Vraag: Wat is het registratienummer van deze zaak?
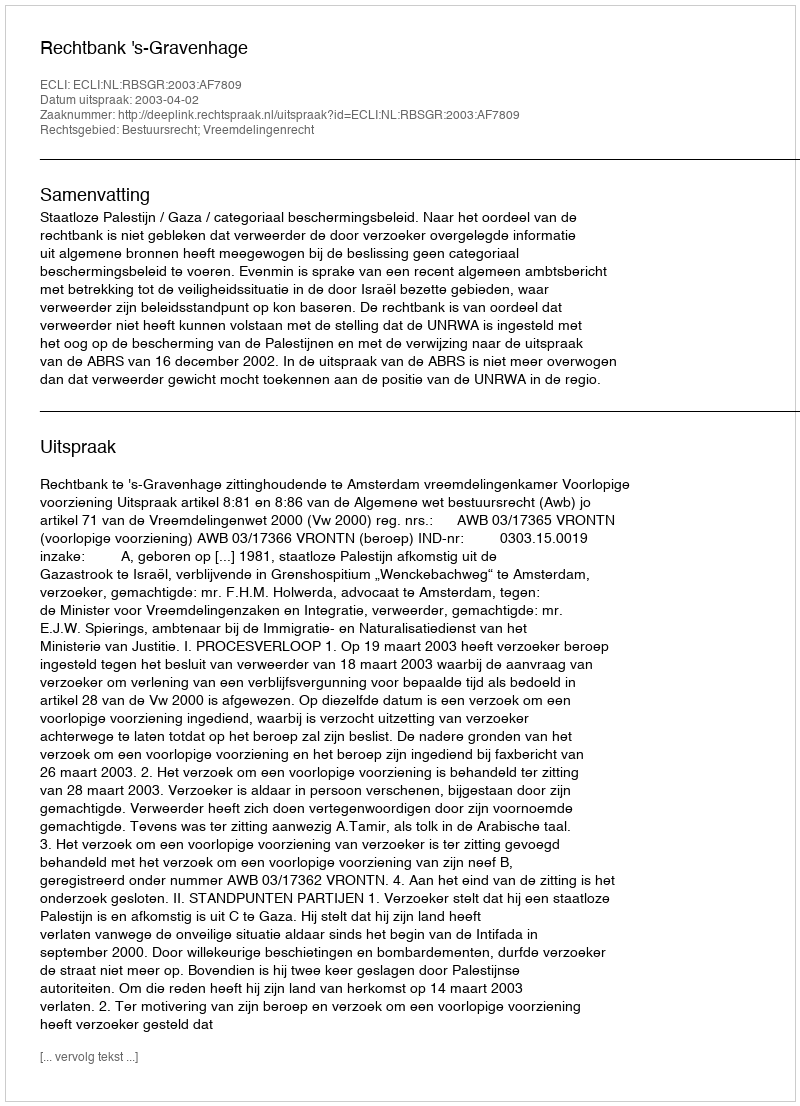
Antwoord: http://deeplink.rechtspraak.nl/uitspraak?id=ECLI:NL:RBSGR:2003:AF7809